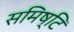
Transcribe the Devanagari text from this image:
समिष्टि